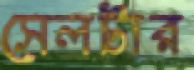
সেলটার